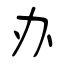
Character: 办